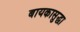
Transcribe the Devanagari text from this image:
बायकासुद्धा